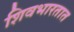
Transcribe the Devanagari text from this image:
शिवभारतात